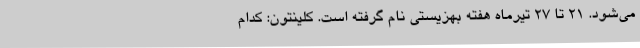
می‌شود. 21 تا 27 تیرماه هفته بهزیستی نام گرفته است. کلینتون: کدام